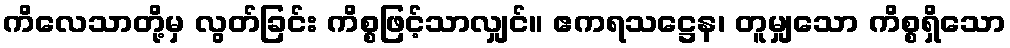
ကိလေသာတို့မှ လွတ်ခြင်း ကိစ္စဖြင့်သာလျှင်။ ဧကရသဋ္ဌေန၊ တူမျှသော ကိစ္စရှိသော